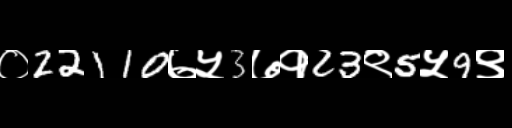
Text: ०22110७५3७१23९5५9९